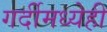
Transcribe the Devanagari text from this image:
गर्दीमध्येही